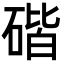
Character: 䃈